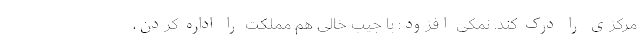
مرکزی را درک کند. نمکی افزود: با جیب خالی هم مملکت را اداره کردن،